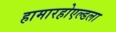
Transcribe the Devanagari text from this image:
हामारहोएल्डला